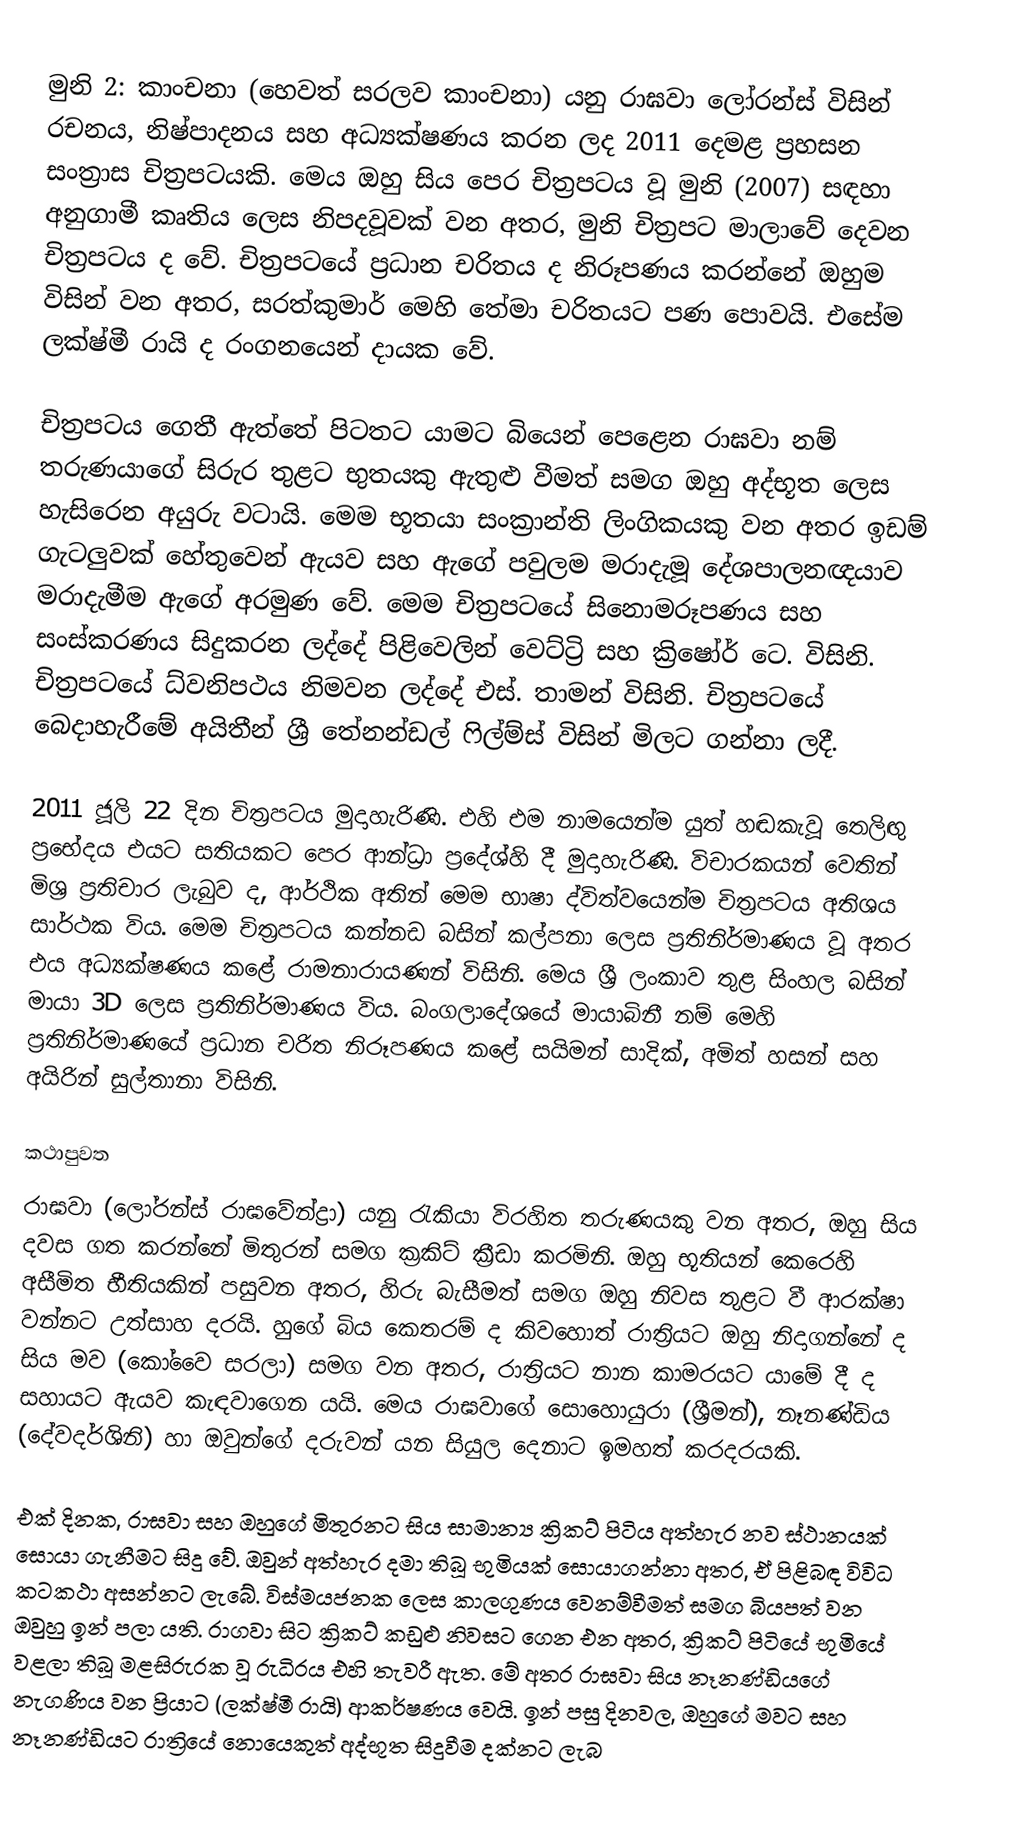
මුනි 2: කාංචනා (හෙවත් සරලව කාංචනා) යනු රාඝවා ලෝරන්ස් විසින් රචනය, නිෂ්පාදනය සහ අධ්‍යක්ෂණය කරන ලද 2011 දෙමළ ප්‍රහසන සංත්‍රාස චිත්‍රපටයකි. මෙය ඔහු සිය පෙර චිත්‍රපටය වූ මුනි (2007) සඳහා අනුගාමී කෘතිය ලෙස නිපදවූවක් වන අතර, මුනි චිත්‍රපට මාලාවේ දෙවන චිත්‍රපටය ද වේ. චිත්‍රපටයේ ප්‍රධාන චරිතය ද නිරූපණය කරන්නේ ඔහුම විසින් වන අතර, සරත්කුමාර් මෙහි තේමා චරිතයට පණ පොවයි. එසේම ලක්ෂ්මී රායි ද රංගනයෙන් දායක වේ.

චිත්‍රපටය ගෙතී ඇත්තේ පිටතට යාමට බියෙන් පෙළෙන රාඝවා නම් තරුණයාගේ සිරුර තුළට භුතයකු ඇතුළු වීමත් සමග ඔහු අද්භූත ලෙස හැසිරෙන අයුරු වටායි. මෙම භූතයා සංක්‍රාන්ති ලිංගිකයකු වන අතර ඉඩම් ගැටලුවක් හේතුවෙන් ඇයව සහ ඇගේ පවුලම මරාදැමූ දේශපාලනඥයාව මරාදැමීම ඇගේ අරමුණ වේ. මෙම චිත්‍රපටයේ සිනොමරූපණය සහ සංස්කරණය සිදුකරන ලද්දේ පිළිවෙලින් වෙට්ට්‍රි සහ ක්‍රිෂෝර් ටෙ. විසිනි. චිත්‍රපටයේ ධ්වනිපථය නිමවන ලද්දේ එස්. තාමන් විසිනි. චිත්‍රපටයේ බෙදාහැරීමේ අයිතීන් ශ්‍රී තේනන්ඩල් ෆිල්ම්ස් විසින් මිලට ගන්නා ලදී.

2011 ජූලි 22 දින චිත්‍රපටය මුදාහැරිණි. එහි එම නාමයෙන්ම යුත් හඬකැවූ තෙලිඟු ප්‍රභේදය එයට සතියකට පෙර ආන්ධ්‍රා ප්‍රදේශ්හි දී මුදාහැරිණි. විචාරකයන් වෙතින් මිශ්‍ර ප්‍රතිචාර ලැබුව ද, ආර්ථික අතින් මෙම භාෂා ද්විත්වයෙන්ම චිත්‍රපටය අතිශය සාර්ථක විය. මෙම චිත්‍රපටය කන්නඩ බසින් කල්පනා ලෙස ප්‍රතිනිර්මාණය වූ අතර එය අධ්‍යක්ෂණය කළේ රාමනාරායණන් විසිනි. මෙය ශ්‍රී ලංකාව තුළ සිංහල බසින් මායා 3D ලෙස ප්‍රතිනිර්මාණය විය. බංගලාදේශයේ මායාබිනී නම් මෙහි ප්‍රතිනිර්මාණයේ ප්‍රධාන චරිත නිරූපණය කළේ සයිමන් සාදික්, අමිත් හසන් සහ අයිරින් සුල්තානා විසිනි.

කථාපුවත
රාඝවා (ලෝරන්ස් රාඝවේන්ද්‍රා) යනු රැකියා විරහිත තරුණයකු වන අතර, ඔහු සිය දවස ගත කරන්නේ මිතුරන් සමග ක්‍රකිට් ක්‍රීඩා කරමිනි. ඔහු භූතියන් කෙරෙහි අසීමිත භීතියකින් පසුවන අතර, හිරු බැසීමත් සමග ඔහු නිව‍ස තුළට වී ආරක්ෂා වන්නට උත්සාහ දරයි. හුගේ බිය කෙතරම් ද කිවහොත් රාත්‍රියට ඔහු නිදාගන්නේ ද සිය මව (කෝවෛ සරලා) සමග වන අතර, රාත්‍රියට නාන කාමරයට යාමේ දී ද සහායට ඇයව කැඳවාගෙන යයි. මෙය රාඝවාගේ සොහොයුරා (ශ්‍රීමන්), නෑනණ්ඩිය (දේවදර්ශිනි) හා ඔවුන්ගේ දරුවන් යන සියුල දෙනාට ඉමහත් කරදරයකි.

එක් දිනක, රාඝවා සහ ඔහුගේ මිතුරනට සිය සාමාන්‍ය ක්‍රිකට් පිටිය අත්හැර නව ස්ථානයක් සොයා ගැනීමට සිදු වේ. ඔවුන් අත්හැර දමා තිබූ භුමියක් සොයාගන්නා අතර, ඒ පිළිබඳ විවිධ කටකථා අසන්නට ලැබේ. විස්මයජනක ලෙස කාලගුණය වෙනම්වීමත් සමග බියපත් වන ඔවුහු ඉන් පලා යති. රාගවා සිට ක්‍රිකට් කඩුළු නිවසට ගෙන එන අතර, ක්‍රිකට් පිටියේ භුමියේ වළලා තිබූ මළසිරුරක වූ රුධිරය එහි තැවරී ඇත. මේ අතර රාඝවා සිය නෑනණ්ඩියගේ නැගණිය වන ප්‍රියාට (ලක්ෂ්මී රායි) ආකර්ෂණය වෙයි. ඉන් පසු දිනවල, ඔහුගේ මවට සහ නෑනණ්ඩියට රාත්‍රියේ නොයෙකුත් අද්භූත සිදුවීම දක්නට ලැබ